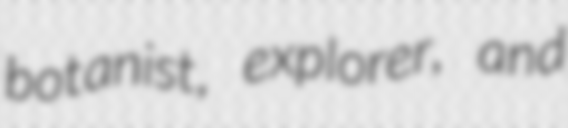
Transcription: botanist, explorer, and